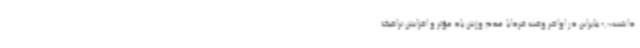
داشت،پ بنابراین در اواخر وقت فردابا عدم وزش باد مؤثر و افزایش ترافیک